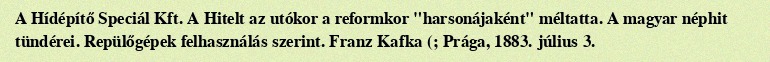
A Hídépítő Speciál Kft. A Hitelt az utókor a reformkor "harsonájaként" méltatta. A magyar néphit tündérei. Repülőgépek felhasználás szerint. Franz Kafka (; Prága, 1883. július 3.